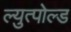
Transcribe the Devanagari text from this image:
ल्युत्पोल्ड